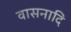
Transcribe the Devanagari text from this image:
वासनादि